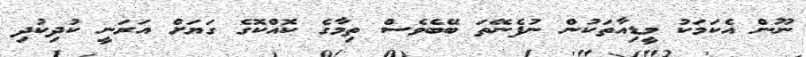
ނޫން އެކަމަކު މީޑިއާތަކުން ނުފެނޭތަ ބޭބެވެސް ތިމާގެ ކޮއްކޮގެ ގަޔަށް އަރަނީ ކުދިކުދި